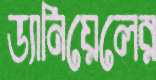
ড্যানিয়েলের